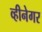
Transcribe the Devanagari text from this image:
व्हीनेगर